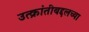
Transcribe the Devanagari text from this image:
उत्क्रांतीबद्दलच्या